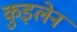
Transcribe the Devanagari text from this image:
कुइलेन